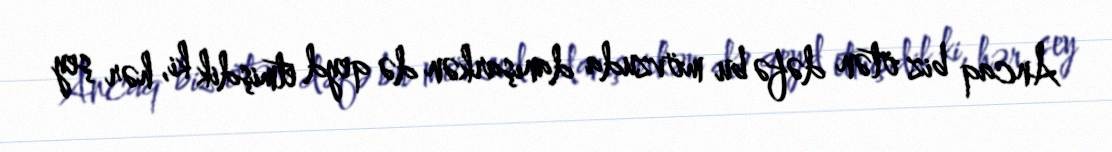
Ancaq biz ötən dəfə bu mövzuda danışarkən də qeyd etmişdik ki, hər şey